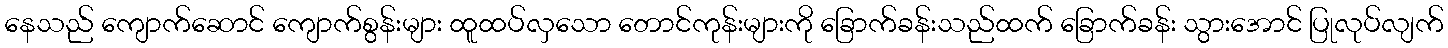
နေသည် ကျောက်ဆောင် ကျောက်စွန်းများ ထူထပ်လှသော တောင်ကုန်းများကို ခြောက်ခန်းသည်ထက် ခြောက်ခန်း သွားအောင် ပြုလုပ်လျက်